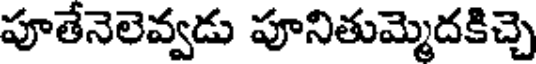
పూతేనెలెవ్వడు పూనితుమ్మెదకిచ్చె